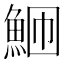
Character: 𬵎